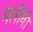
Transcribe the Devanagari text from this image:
मर्लोनी